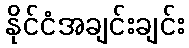
နိုင်ငံအချင်းချင်း